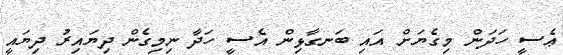
ޢެސީ ހަދަން މިގެޔަށް އައި ބަނގާޅިން އެސީ ހަދާ ނިމިގެން ދިޔައިރު ދިޔައީ